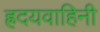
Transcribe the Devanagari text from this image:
ह्रदयवाहिनी